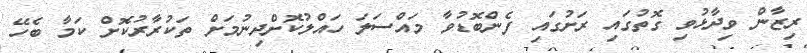
ރިޒާން ވިދާޅުވި ގޮތުގައި ރަށުގައި ފެންބޮޑުވާ މައްސަލަ ހައްލުކޮށްދިނުމަށް ތަކުރާރުކޮށް ކަމާ ބެހޭ